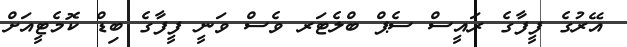
އޭރުގެ ފީފާގެ ރައީސް ސެޕް ބްލެޓަރ ވެސް ވަނީ ފީފާގެ ބިޑް ކޮމެޓީއަށް